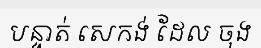
បន្ទាត់ សេកង់ ដែល ចុង